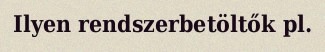
Ilyen rendszerbetöltők pl.